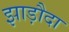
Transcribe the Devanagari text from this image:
झाड़ौदा